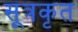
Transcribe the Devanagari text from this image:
सूत्रकृत